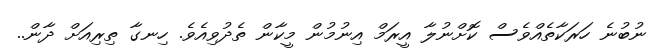
ނުބުނެ ހަރަކާތެއްވެސް ކޮށްނުލާ އީރަމް އިނުމުން މީކާން ތެދުވިއެވެ. ހިނގާ ތިރިއަށް ދާން..